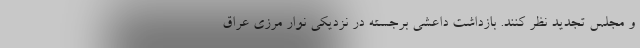
و مجلس تجدید نظر کنند. بازداشت داعشی برجسته در نزدیکی نوار مرزی عراق